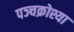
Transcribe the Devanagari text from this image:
पञ्चक्रोश्या